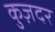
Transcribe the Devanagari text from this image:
कुज़दर